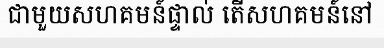
ជាមួយសហគមន៍ផ្ទាល់ តើសហគមន៍នៅ